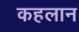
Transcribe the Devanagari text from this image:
कहलान